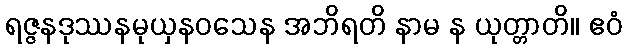
ရဇ္ဇနဒုဿနမုယှနဝသေန အဘိရတိ နာမ န ယုတ္တာတိ။ ဧဝံ